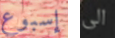
إسبوع الى